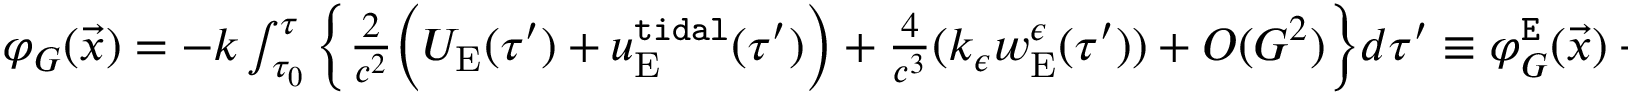
\begin{array} { r } { \varphi _ { G } ( \vec { x } ) = - k \int _ { \tau _ { 0 } } ^ { \tau } \Big \{ \frac { 2 } { c ^ { 2 } } \Big ( U _ { \mathrm { E } } ( \tau ^ { \prime } ) + u _ { \mathrm { E } } ^ { \tt t i d a l } ( \tau ^ { \prime } ) \Big ) + \frac { 4 } { c ^ { 3 } } ( k _ { \epsilon } w _ { \mathrm { E } } ^ { \epsilon } ( \tau ^ { \prime } ) ) + { \cal O } ( G ^ { 2 } ) \Big \} d \tau ^ { \prime } \equiv \varphi _ { G } ^ { \tt E } ( \vec { x } ) + \varphi _ { G } ^ { \tt t i d a l } ( \vec { x } ) + \varphi _ { G } ^ { \tt S } ( \vec { x } ) + { \cal O } ( G ^ { 2 } ) . ~ } \end{array}